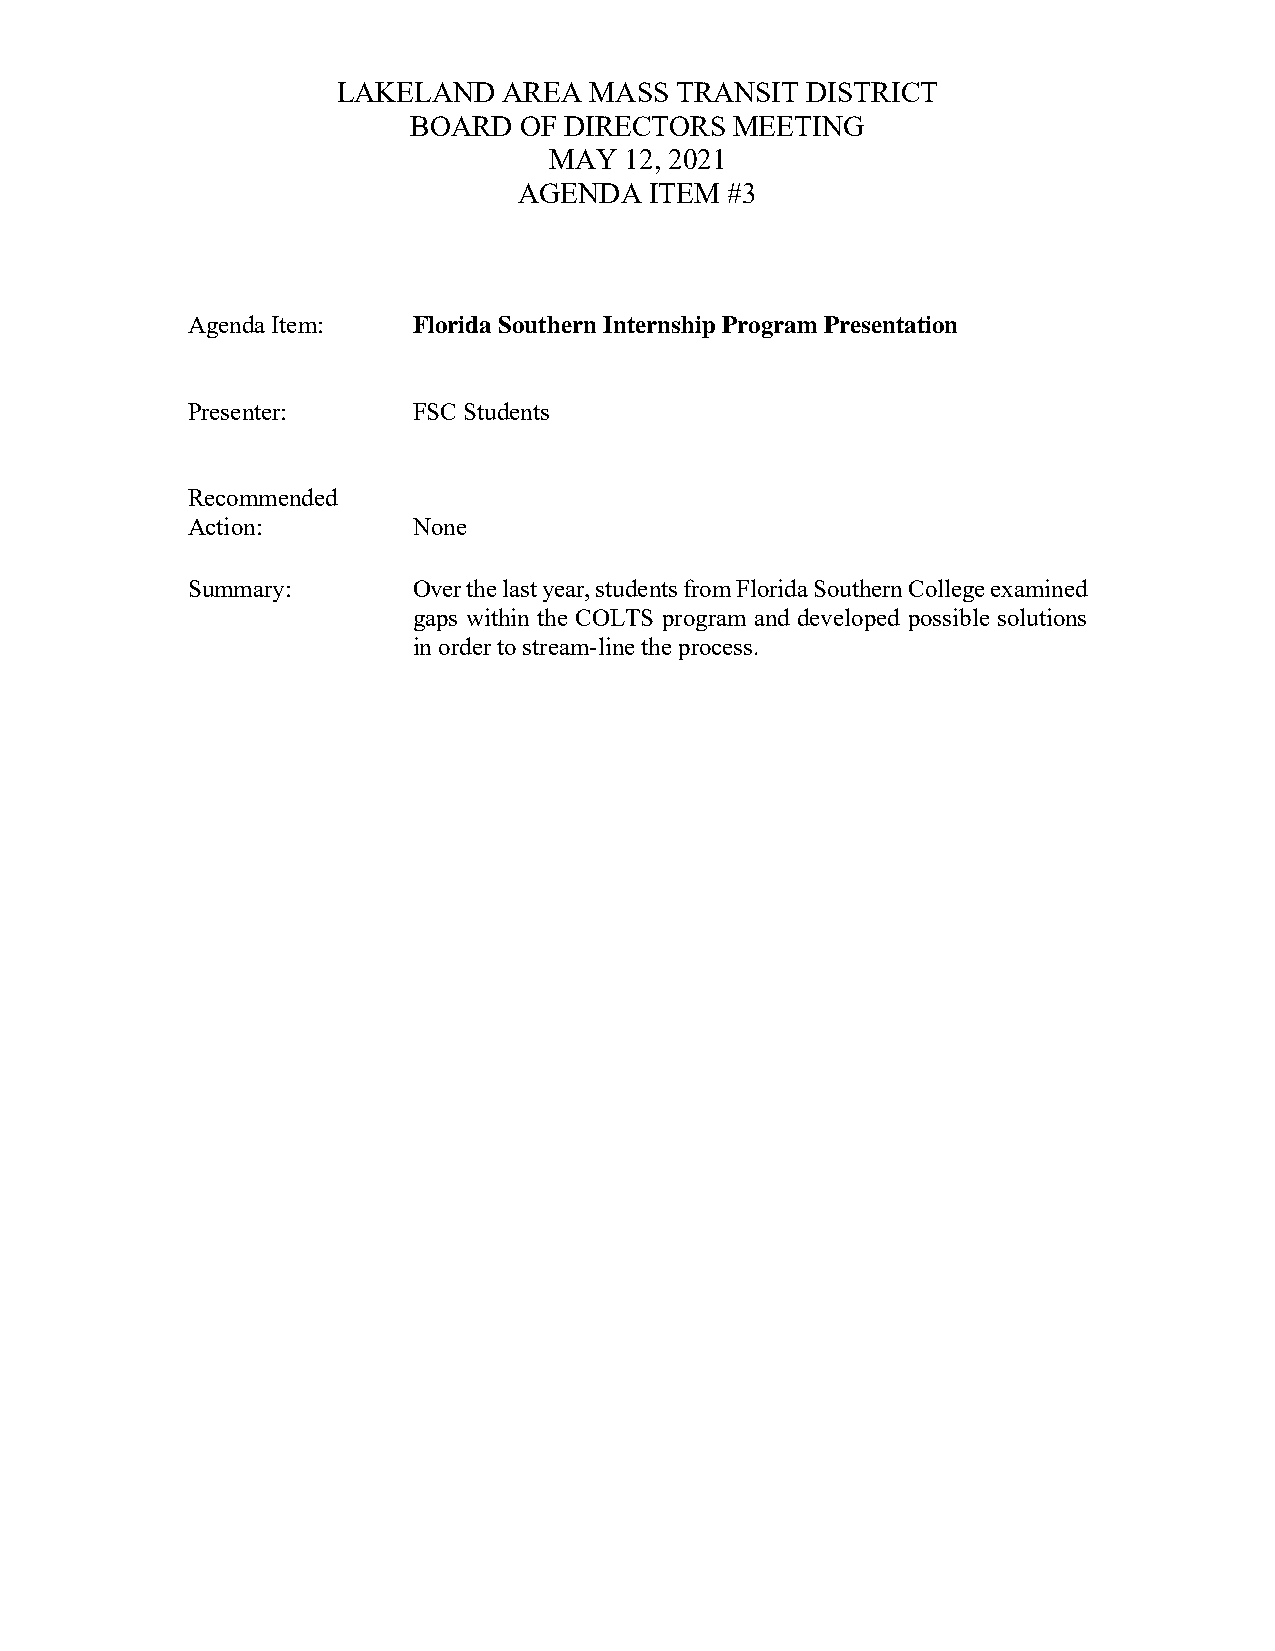
LAKELAND   AREA  MASS  TRANSIT DISTRICT
 BOARD  OF DIRECTORS   MEETING
 MAY  12, 2021
 AGENDA   ITEM #3
 Agenda Item:   Florida Southern Internship Program Presentation
 Presenter:     FSC Students
 Recommended
 Action:        None
 Summary:       Over the last year, students from Florida Southern College examined
 gaps within the COLTS program and developed possible solutions
 in order to stream-line the process.